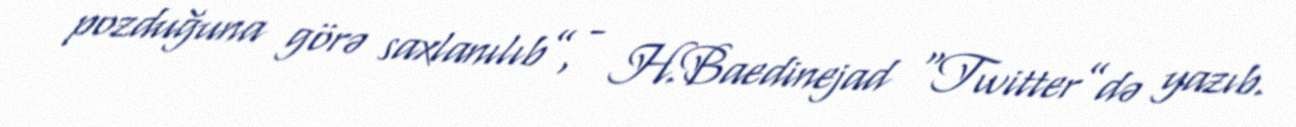
pozduğuna görə saxlanılıb”, - H.Baedinejad “Twitter”də yazıb.